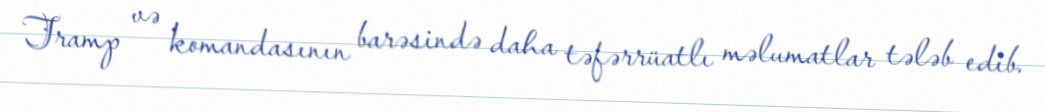
Tramp və komandasının barəsində daha təfərrüatlı məlumatlar tələb edib.